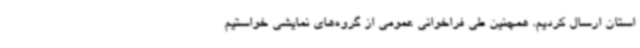
استان ارسال کردیم. همچنین طی فراخوانی عمومی از گروه‌های نمایشی خواستیم